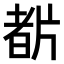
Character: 𤗡